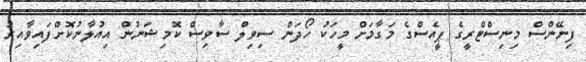
ފިނޭންސް މިނިސްޓްރީގެ ޕީއެސްގެ މަގާމަށް މީހަކު ހޯދަން ސިވިލް ސާވިސް ކޮމިޝަނުން އިއުލާނުކޮށްފައިވާއިރު